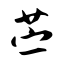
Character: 苎